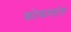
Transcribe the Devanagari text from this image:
कोकणांत